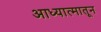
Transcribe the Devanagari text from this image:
आध्यात्मातून